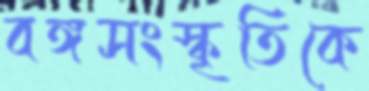
বঙ্গসংস্কৃতিকে